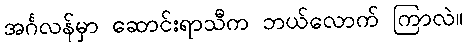
အင်္ဂလန်မှာ ဆောင်းရာသီက ဘယ်လောက် ကြာလဲ။